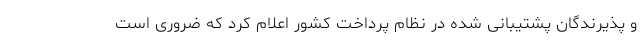
و پذیرندگان پشتیبانی شده در نظام پرداخت کشور اعلام کرد که ضروری است